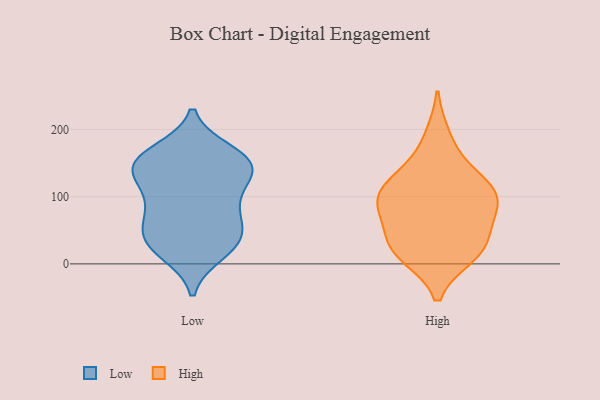
{"axis": {"x": "Production Output", "y": "Value"}, "legend": ["High", "Low"], "data": [{"x": "", "y": 34, "type": "Low"}, {"x": "", "y": 26, "type": "Low"}, {"x": "", "y": 68, "type": "Low"}, {"x": "", "y": 149, "type": "Low"}, {"x": "", "y": 157, "type": "Low"}, {"x": "", "y": 17, "type": "Low"}, {"x": "", "y": 47, "type": "Low"}, {"x": "", "y": 121, "type": "Low"}, {"x": "", "y": 94, "type": "Low"}, {"x": "", "y": 31, "type": "Low"}, {"x": "", "y": 154, "type": "Low"}, {"x": "", "y": 144, "type": "Low"}, {"x": "", "y": 64, "type": "Low"}, {"x": "", "y": 146, "type": "Low"}, {"x": "", "y": 94, "type": "Low"}, {"x": "", "y": 135, "type": "Low"}, {"x": "", "y": 166, "type": "Low"}, {"x": "", "y": 36, "type": "High"}, {"x": "", "y": 21, "type": "High"}, {"x": "", "y": 122, "type": "High"}, {"x": "", "y": 89, "type": "High"}, {"x": "", "y": 145, "type": "High"}, {"x": "", "y": 116, "type": "High"}, {"x": "", "y": 190, "type": "High"}, {"x": "", "y": 73, "type": "High"}, {"x": "", "y": 38, "type": "High"}, {"x": "", "y": 12, "type": "High"}, {"x": "", "y": 83, "type": "High"}, {"x": "", "y": 96, "type": "High"}, {"x": "", "y": 13, "type": "High"}, {"x": "", "y": 104, "type": "High"}]}